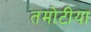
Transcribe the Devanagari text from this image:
तमोटीया